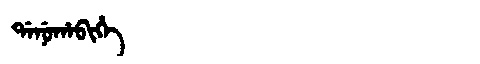
Manchu: ᡩᠠᠨᡠᡥᠠᠪᡳᡥᡝ
Romanization: DANUHABIHE